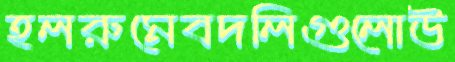
হলরুমেবদলিগুলোউ